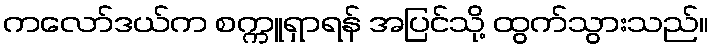
ကလော်ဒယ်က စက္ကူရှာရန် အပြင်သို့ ထွက်သွားသည်။